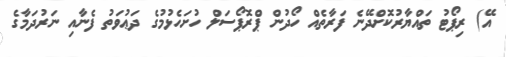
އޭ) ރިޕޯޓު ތައްޔާރުކޮށްދޭނެ ފަރާތެއް ހޯދުން ޕްރޮޕޯސަލް ހުށަހެޅުމުގެ ދަޢުވަތު ފެނާއި ނަރުދަމާގެ